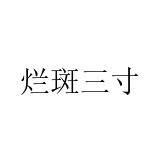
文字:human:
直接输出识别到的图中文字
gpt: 烂斑三寸